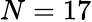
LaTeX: N=17